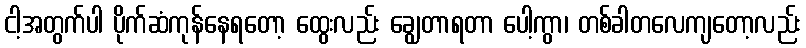
ငါ့အတွက်ပါ ပိုက်ဆံကုန်နေရတော့ ထွေးလည်း ချွေတာရတာ ပေါ့ကွာ၊ တစ်ခါတလေကျတော့လည်း